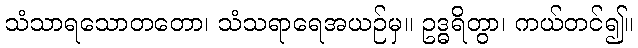
သံသာရသောတတော၊ သံသရာရေအယဉ်မှ။ ဥဒ္ဓရိတွာ၊ ကယ်တင်၍။